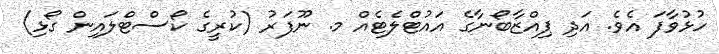
ހުޅުވާފަ އެވެ. އަދި ޕިއްޒާބޯނާގެ އައުޓްލެޓެއް މ. ނޫފަރު (ކުރީގެ ކޯސްޓްލައިން ގޯޅި)